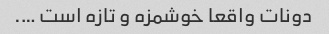
دونات واقعا خوشمزه و تازه است ….